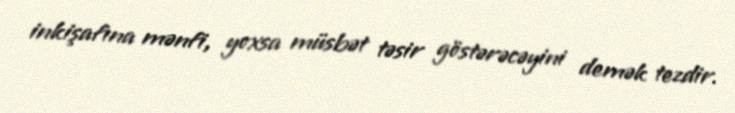
inkişafına mənfi, yoxsa müsbət təsir göstərəcəyini demək tezdir.